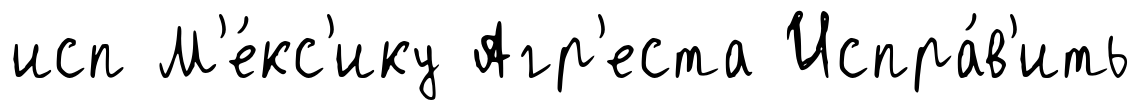
исп М'е́кс'ику Агр'еста Испра́в'ить